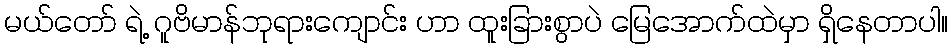
မယ်တော် ရဲ့ ဂူဗိမာန်ဘုရားကျောင်း ဟာ ထူးခြားစွာပဲ မြေအောက်ထဲမှာ ရှိနေတာပါ။